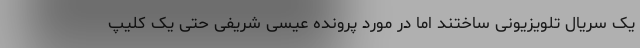
یک سریال تلویزیونی ساختند اما در مورد پرونده عیسی شریفی حتی یک کلیپ